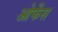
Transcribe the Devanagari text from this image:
ओफेंस